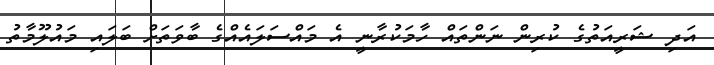
އަދި ޝަރީއަތުގެ ކުރިން ނަންތައް ހާމަކުރާނީ އެ މައްސަލައެއްގެ ބާވަތަށް ބަލައި މައުލޫމާތު